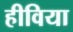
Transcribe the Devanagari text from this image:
हीविया